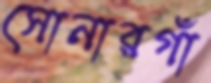
সোনারগাঁ